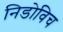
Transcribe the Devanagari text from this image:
निडोविच